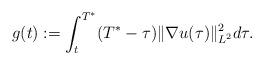
LaTeX: \begin{align*} g(t):= \int_{t}^{T^*} (T^*-\tau) \|\nabla u(\tau)\|^2_{L^2} d\tau.\end{align*}